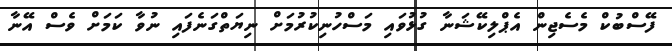
ފޭސްބުކް މެސެޖިން އެޕްލިކޭޝަނާ ގުޅުވައި މަސްހުނިކުރުމަށް ނިޔަތްގަނެފައި ނުވާ ކަމަށް ވެސް އޭނާ